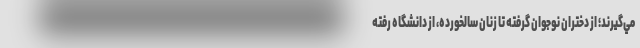
مي‌گيرند؛ از دختران نوجوان گرفته تا زنان سالخورده، از دانشگاه رفته